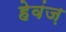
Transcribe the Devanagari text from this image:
हेवंज़